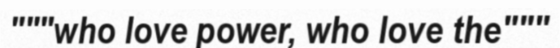
"""who love power, who love the"""